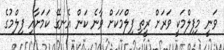
ވަނީ މިފިލްމަކީ ވަރަށް ރީތި ފިލްމަކަށް ވާނެ ކަން އެނގޭ ކަމަށާއި ފިލްމުގެ